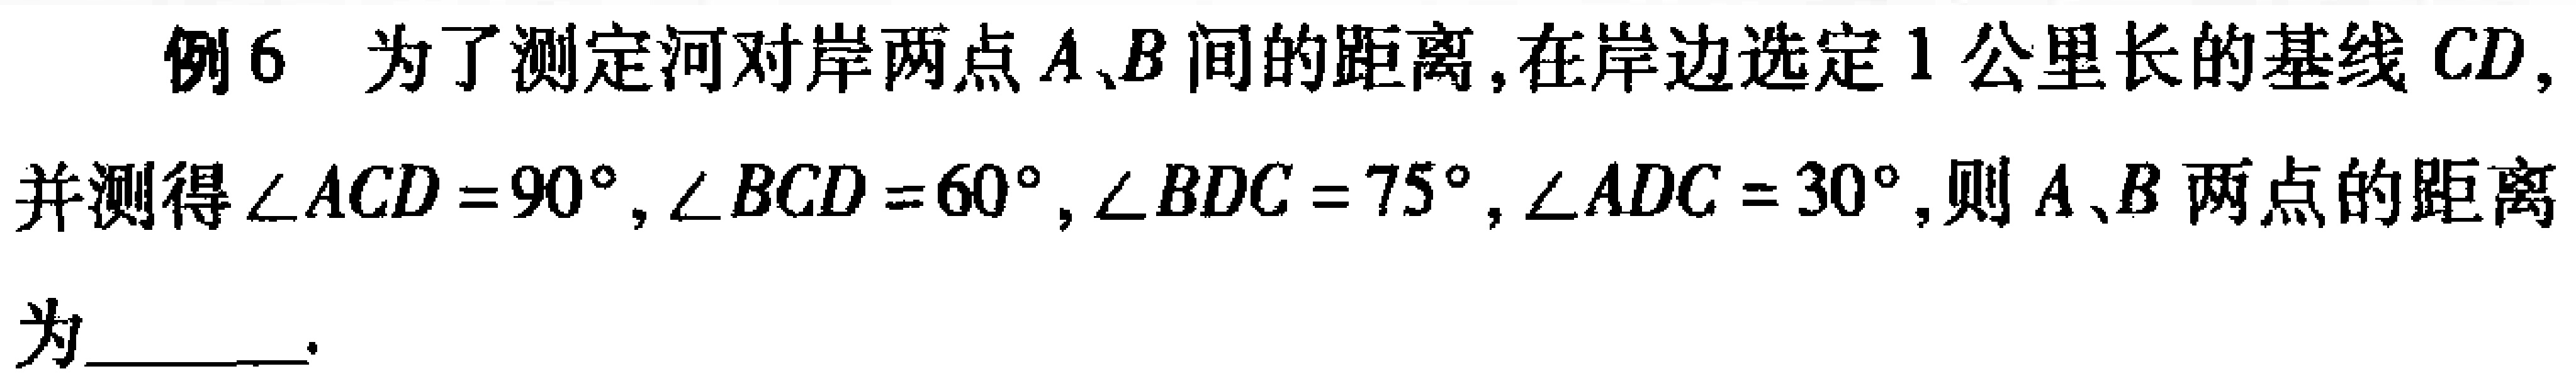
例6 为了测定河对岸两点\(A、B\)间的距离,在岸边选定\(1\)公里长的基线\(CD,\)并测得\(\angle ACD = 90^{\circ},\angle BCD = 60^{\circ},\angle BDC = 75^{\circ},\angle ADC = 30^{\circ},\)则\(A、B\)两点的距离为  。